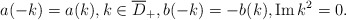
\begin{align*}a(-k)=a(k), k \in \overline{D}_+, b(-k)=-b(k), \operatorname{Im} k^{2}=0.\end{align*}